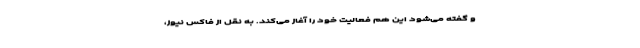
و گفته می‌شود این هم فعالیت خود را آغاز می‌کند. به نقل از فاکس نیوز،